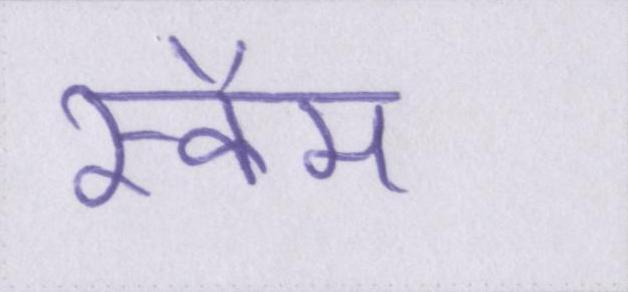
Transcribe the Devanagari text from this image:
स्कैम